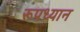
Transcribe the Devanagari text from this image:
रूपध्यान